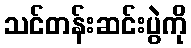
သင်တန်းဆင်းပွဲကို